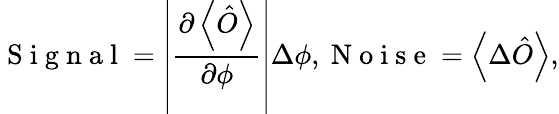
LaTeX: \mathrm{~S~i~g~n~a~l~}=\left\vert\frac{\partial\left\langle\hat{O}\right\rangle}{\partial\phi}\right\vert\Delta\phi,\mathrm{~N~o~i~s~e~}=\left\langle\Delta\hat{O}\right\rangle,